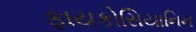
ફાયકોસિયાનિન